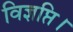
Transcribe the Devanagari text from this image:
विज्ञप्ति।